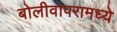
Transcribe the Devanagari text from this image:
बोलीवापरामध्ये